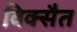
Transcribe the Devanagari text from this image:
विक्सैत